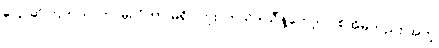
ပြောဆိုကြတယ်၊ ဘာမှလိုတာ မရှိပါဘူး၊ ဣသိဒါသီနဲ့တော့ တစ်အိမ်တည်း အတူ